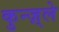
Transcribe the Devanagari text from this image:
कुन्ज़्ले